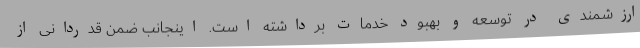
ارزشمندی در توسعه و بهبود خدمات برداشته است. اینجانب ضمن قدردانی از